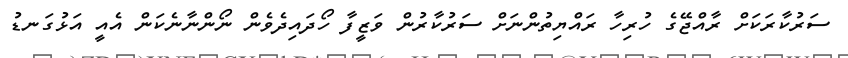
ސަރުކާރަކަށް ރާއްޖޭގެ ހުރިހާ ރައްޔިތުންނަށް ސަރުކާރުން ވަޒީފާ ހޯދައިދެވެން ނޯންނާނެކަން އެއީ އަޅުގަނޑު